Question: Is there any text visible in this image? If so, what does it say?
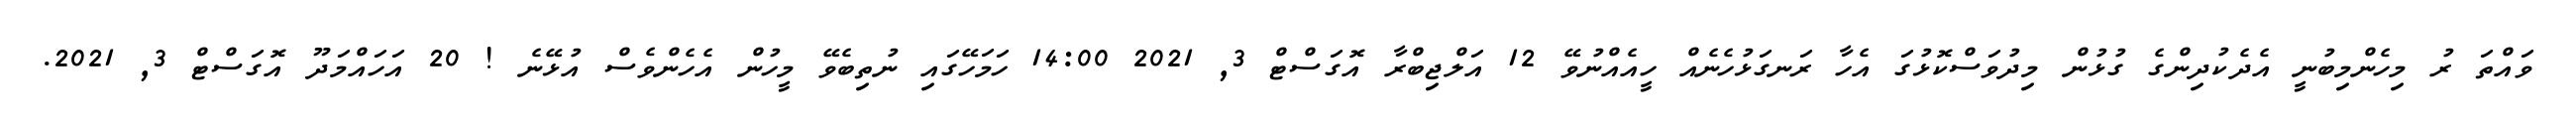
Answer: ވައްތަ ރު މިހެންމިބުނީ އެދެކުދިންގެ ގުޅުން މިދުވަސްކޮޅުގަ އެހާ ރަނގަޅުހެނެއް ހީއެއްނުވޭ 12 އަލްޖިބްރާ އޮގަސްޓް 3, 2021 14:00 ހަމަހޭގައި ނުތިބެވޭ މީހުން އެހެންވެސް އުޅޭނެ ! 20 އަހައްމަދޫ އޮގަސްޓް 3, 2021.